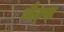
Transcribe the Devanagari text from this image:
जैट्स